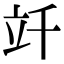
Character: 竏